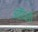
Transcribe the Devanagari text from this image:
आदिलों